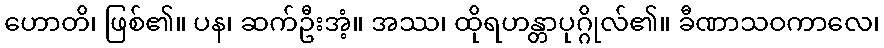
ဟောတိ၊ ဖြစ်၏။ ပန၊ ဆက်ဦးအံ့။ အဿ၊ ထိုရဟန္တာပုဂ္ဂိုလ်၏။ ခီဏာသဝကာလေ၊